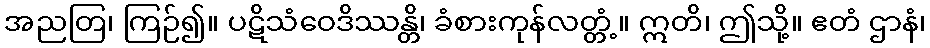
အညတြ၊ ကြဉ်၍။ ပဋိသံဝေဒိဿန္တိ၊ ခံစားကုန်လတ္တံ့။ ဣတိ၊ ဤသို့။ ဧတံ ဌာနံ၊